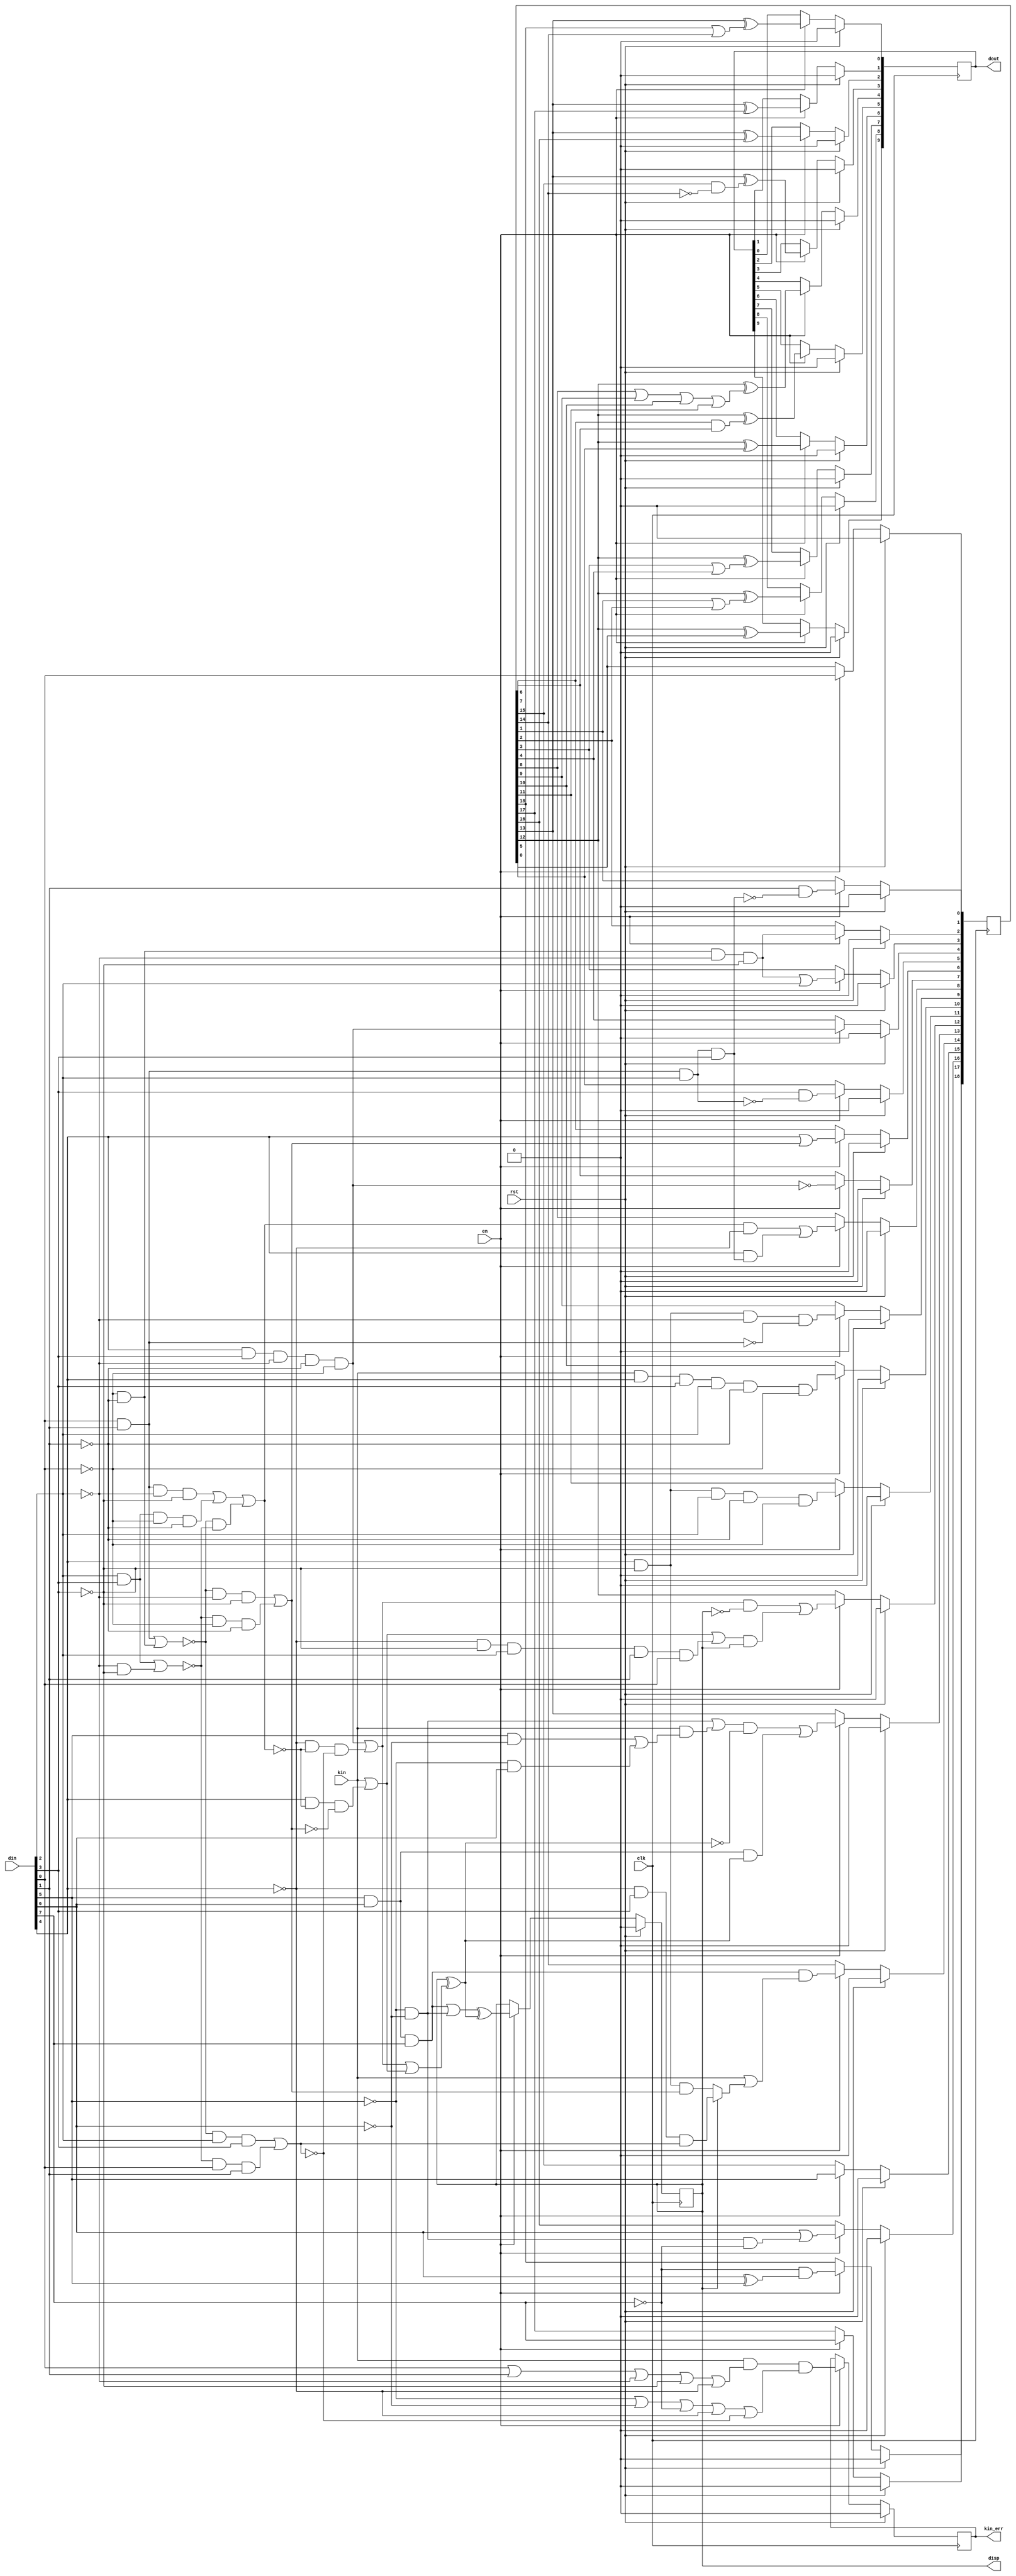
`timescale 1ns / 1ps
//////////////////////////////////////////////////////////////////////////////////
// Company: 
// 
// Design Name: 
// Module Name: encoder_8b10
// Project Name: v8b10b
// Target Devices: 
// Tool Versions: 
// Description: 
// 
// Dependencies: 
// 
// Revision:
// Revision 0.01 - File Created
// Additional Comments:
// 
//////////////////////////////////////////////////////////////////////////////////

module encoder_8b10
(
	input wire clk,
	input wire rst,
	input wire en,
	input wire kin,
	input wire [7:0]din,
	output wire [9:0]dout,
	output wire disp,
	output wire kin_err
);

reg p;
reg ke;
reg [18:0]t;
reg [9:0]do;
wire [7:0]d;
wire k;

assign d = din;
assign k = kin;

assign dout = do;
assign disp = p;
assign kin_err = ke;

always @(posedge clk) begin
	if (rst) begin
		p <= 1'b0;
		ke <= 1'b0;
		do <= 10'b0;
	end else begin
		if (en == 1'b1) begin
			p <= ((d[5]&d[6]&d[7])|(!d[5]&!d[6]))^(p^(((d[4]&d[3]&!d[2]&!d[1]&!d[0])|(!d[4]&!((d[0]&d[1]&!d[2]&!d[3])|(d[2]&d[3]&!d[0]&!d[1])|(!((d[0]&d[1])|(!d[0]&!d[1]))&!((d[2]&d[3])|(!d[2]&!d[3]))))&!((!((d[0]&d[1])|(!d[0]&!d[1]))&d[2]&d[3])|(!((d[2]&d[3])|(!d[2]&!d[3]))&d[0]&d[1]))))|(k|(d[4]&!((d[0]&d[1]&!d[2]&!d[3])|(d[2]&d[3]&!d[0]&!d[1])|(!((d[0]&d[1])|(!d[0]&!d[1]))&!((d[2]&d[3])|(!d[2]&!d[3]))))&!((!((d[0]&d[1])|(!d[0]&!d[1]))&!d[2]&!d[3])|(!((d[2]&d[3])|(!d[2]&!d[3]))&!d[0]&!d[1]))))));
			ke <= (k&(d[0]|d[1]|!d[2]|!d[3]|!d[4])&(!d[5]|!d[6]|!d[7]|!d[4]|!((!((d[0]&d[1])|(!d[0]&!d[1]))&d[2]&d[3])|(!((d[2]&d[3])|(!d[2]&!d[3]))&d[0]&d[1])))); 
			do[9] <= t[12]^t[0];
			do[8] <= t[12]^(t[1]|t[2]);
			do[7] <= t[12]^(t[3]|t[4]);
			do[6] <= t[12]^t[5];
			do[5] <= t[12]^(t[6]&t[7]);
			do[4] <= t[12]^(t[8]|t[9]|t[10]|t[11]);
			do[3] <= t[13]^(t[15]&!t[14]);
			do[2] <= t[13]^t[16];
			do[1] <= t[13]^t[17];
			do[0] <= t[13]^(t[18]|t[14]);
		end
	end
end
  
always @(posedge clk) begin
	if(rst) begin
		t <= 0;
	end else begin
		if (en == 1'b1) begin
			t[0] <= d[0];
			t[1] <= d[1]&!(d[0]&d[1]&d[2]&d[3]);
			t[2] <= (!d[0]&!d[1]&!d[2]&!d[3]);
			t[3] <= (!d[0]&!d[1]&!d[2]&!d[3])|d[2];
			t[4] <= d[4]&d[3]&!d[2]&!d[1]&!d[0];
			t[5] <= d[3]&!(d[0]&d[1]&d[2]);
			t[6] <= d[4]|((!((d[0]&d[1])|(!d[0]&!d[1]))&!d[2]&!d[3])|(!((d[2]&d[3])|(!d[2]&!d[3]))&!d[0]&!d[1]));
			t[7] <= !(d[4]&d[3]&!d[2]&!d[1]&!d[0]);
			t[8] <= (((d[0]&d[1]&!d[2]&!d[3])|(d[2]&d[3]&!d[0]&!d[1])|(!((d[0]&d[1])|(!d[0]&!d[1]))&!((d[2]&d[3])|(!d[2]&!d[3]))))&!d[4])|(d[4]&(d[0]&d[1]&d[2]&d[3]));
			t[9] <= d[4]&!d[3]&!d[2]&!(d[0]&d[1]);
			t[10] <= k&d[4]&d[3]&d[2]&!d[1]&!d[0];
			t[11] <= d[4]&!d[3]&d[2]&!d[1]&!d[0];
			t[12] <= (((d[4]&d[3]&!d[2]&!d[1]&!d[0])|(!d[4]&!((d[0]&d[1]&!d[2]&!d[3])|(d[2]&d[3]&!d[0]&!d[1])|(!((d[0]&d[1])|(!d[0]&!d[1]))&!((d[2]&d[3])|(!d[2]&!d[3]))))&!((!((d[0]&d[1])|(!d[0]&!d[1]))&d[2]&d[3])|(!((d[2]&d[3])|(!d[2]&!d[3]))&d[0]&d[1]))))&!p)|((k|(d[4]&!((d[0]&d[1]&!d[2]&!d[3])|(d[2]&d[3]&!d[0]&!d[1])|(!((d[0]&d[1])|(!d[0]&!d[1]))&!((d[2]&d[3])|(!d[2]&!d[3]))))&!((!((d[0]&d[1])|(!d[0]&!d[1]))&!d[2]&!d[3])|(!((d[2]&d[3])|(!d[2]&!d[3]))&!d[0]&!d[1])))|(!d[4]&!d[3]&d[2]&d[1]&d[0]))&p);
			t[13] <= (((!d[5]&!d[6])|(k&((d[5]&!d[6])|(!d[5]&d[6]))))&!(p^(((d[4]&d[3]&!d[2]&!d[1]&!d[0])|(!d[4]&!((d[0]&d[1]&!d[2]&!d[3])|(d[2]&d[3]&!d[0]&!d[1])|(!((d[0]&d[1])|(!d[0]&!d[1]))&!((d[2]&d[3])|(!d[2]&!d[3]))))&!((!((d[0]&d[1])|(!d[0]&!d[1]))&d[2]&d[3])|(!((d[2]&d[3])|(!d[2]&!d[3]))&d[0]&d[1]))))|(k|(d[4]&!((d[0]&d[1]&!d[2]&!d[3])|(d[2]&d[3]&!d[0]&!d[1])|(!((d[0]&d[1])|(!d[0]&!d[1]))&!((d[2]&d[3])|(!d[2]&!d[3]))))&!((!((d[0]&d[1])|(!d[0]&!d[1]))&!d[2]&!d[3])|(!((d[2]&d[3])|(!d[2]&!d[3]))&!d[0]&!d[1])))))))|((d[5]&d[6])&(p^(((d[4]&d[3]&!d[2]&!d[1]&!d[0])|(!d[4]&!((d[0]&d[1]&!d[2]&!d[3])|(d[2]&d[3]&!d[0]&!d[1])|(!((d[0]&d[1])|(!d[0]&!d[1]))&!((d[2]&d[3])|(!d[2]&!d[3]))))&!((!((d[0]&d[1])|(!d[0]&!d[1]))&d[2]&d[3])|(!((d[2]&d[3])|(!d[2]&!d[3]))&d[0]&d[1]))))|(k|(d[4]&!((d[0]&d[1]&!d[2]&!d[3])|(d[2]&d[3]&!d[0]&!d[1])|(!((d[0]&d[1])|(!d[0]&!d[1]))&!((d[2]&d[3])|(!d[2]&!d[3]))))&!((!((d[0]&d[1])|(!d[0]&!d[1]))&!d[2]&!d[3])|(!((d[2]&d[3])|(!d[2]&!d[3]))&!d[0]&!d[1])))))));
			t[14] <= d[5]&d[6]&d[7]&(k|(p?(!d[4]&d[3]&((!((d[0]&d[1])|(!d[0]&!d[1]))&d[2]&d[3])|(!((d[2]&d[3])|(!d[2]&!d[3]))&d[0]&d[1]))):(d[4]&!d[3]&((!((d[0]&d[1])|(!d[0]&!d[1]))&!d[2]&!d[3])|(!((d[2]&d[3])|(!d[2]&!d[3]))&!d[0]&!d[1])))));
			t[15] <= d[5];
			t[16] <= d[6]|(!d[5]&!d[6]&!d[7]);
			t[17] <= d[7];
			t[18] <= !d[7]&(d[6]^d[5]);
		end
	end
end

endmodule